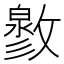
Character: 𢿬